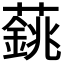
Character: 𦾺